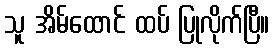
သူ အိမ်ထောင် ထပ် ပြုလိုက်ပြီ။